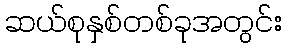
ဆယ်စုနှစ်တစ်ခုအတွင်း